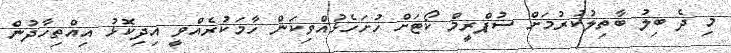
މި ދެ ބިލު ބާތިލުކުރުމަށް ސުޕްރީމް ކޯޓަށް ހުށަހެޅުއްވިކަން ހާމަކުރެއްވީ އިދިކޮޅު އިއްތިހާދުން